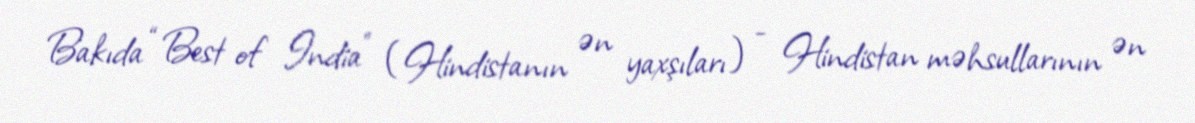
Bakıda “Best of India” (Hindistanın ən yaxşıları) - Hindistan məhsullarının ən